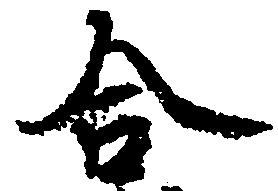
合